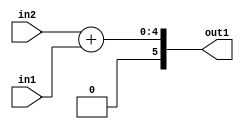
`timescale 1ps / 1ps
/*****************************************************************************
    Verilog RTL Description
    
    
    Created by: Stratus DpOpt 21.05.01 
*******************************************************************************/

module SobelFilter_Add_4Ux2U_6S_1 (
	in2,
	in1,
	out1
	); /* architecture "behavioural" */ 
input [3:0] in2;
input [1:0] in1;
output [5:0] out1;
wire [5:0] asc001;

assign asc001 = 
	+(in2)
	+(in1);

assign out1 = asc001;
endmodule

/* CADENCE  ubDzTA0= : u9/ySxbfrwZIxEzHVQQV8Q== ** DO NOT EDIT THIS LINE ******/